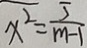
\overline { x ^ { 2 } } = \frac { 5 } { m - 1 }